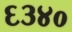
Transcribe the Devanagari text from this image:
६३४०